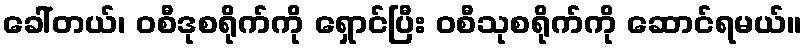
ခေါ်တယ်၊ ဝစီဒုစရိုက်ကို ရှောင်ပြီး ဝစီသုစရိုက်ကို ဆောင်ရမယ်။